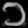
Digit: ၁